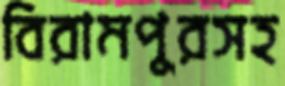
বিরামপুরসহ